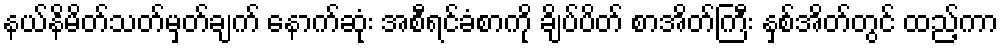
နယ်နိမိတ်သတ်မှတ်ချက် နောက်ဆုံး အစီရင်ခံစာကို ချိပ်ပိတ် စာအိတ်ကြီး နှစ်အိတ်တွင် ထည့်ကာ